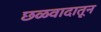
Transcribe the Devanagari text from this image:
छळवादातून